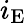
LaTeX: i_{\mathrm{E}}